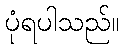
ပုံရပါသည်။